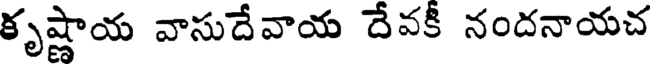
కృష్ణాయ వాసుదేవాయ దేవకీ నందనాయచ